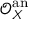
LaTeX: { \mathcal { O } } _ { X } ^ { \mathrm { a n } }